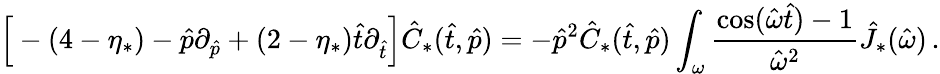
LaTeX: \Big[-(4-\eta_{*})-\hat{p}\partial_{\hat{p}}+(2-\eta_{*}){\hat{t}\partial_{\hat{t}}}\Big]\hat{C}_{*}(\hat{t},\hat{p})=-\hat{p}^{2}\hat{C}_{*}(\hat{t},\hat{p})\int_{\omega}\frac{\cos(\hat{\omega}\hat{t})-1}{\hat{\omega}^{2}}\hat{J}_{*}(\hat{\omega})\, .